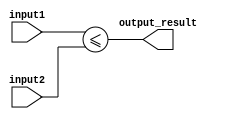
module less_than_or_equal_to (
    input [7:0] input1,
    input [7:0] input2,
    output output_result
);

assign output_result = (input1 <= input2);

endmodule